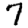
Digit: 7